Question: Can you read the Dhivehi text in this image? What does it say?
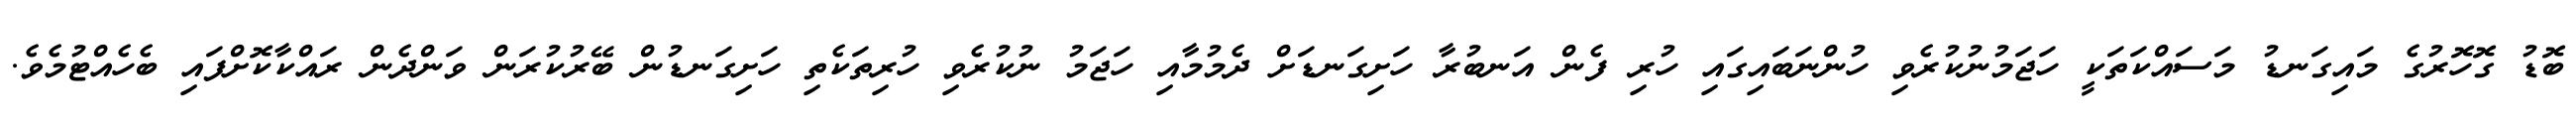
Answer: ބޮޑު ގޮހޮރުގެ މައިގަނޑު މަސައްކަތަކީ ހަޖަމުނުކުރެވި ހުންނަބައިގައި ހުރި ފެން އަނބުރާ ހަށިގަނޑަށް ދެމުމާއި ހަޖަމު ނުކުރެވި ހުރިތަކެތި ހަށިގަނޑުން ބޭރުކުރަން ވަންދެން ރައްކާކޮށްފައި ބެހެއްޓުމެވެ.